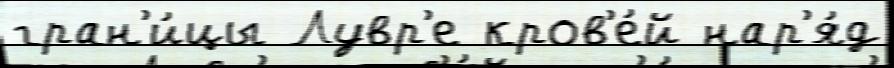
гран'и́цы Лувр'е кров'е́й нар'я́д